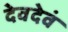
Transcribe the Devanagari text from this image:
देवदेवं